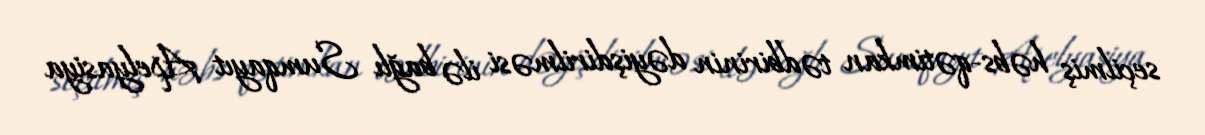
seçilmiş həbs-qətimkan tədbirinin dəyişdirilməsi ilə bağlı Sumqayıt Apelyasiya